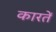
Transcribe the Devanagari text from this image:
कारतें